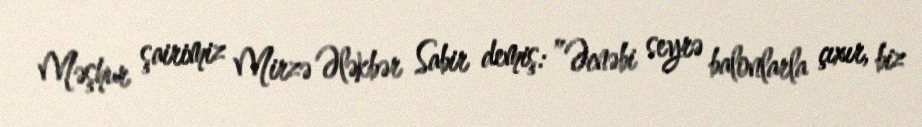
Məşhur şairimiz Mirzə Ələkbər Sabir demiş: ”Əcnəbi seyrə balonlarla çıxır, biz